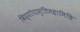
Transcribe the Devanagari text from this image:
विद्योपास्तिमहानिधि